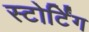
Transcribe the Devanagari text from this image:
स्टोर्टिंग